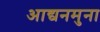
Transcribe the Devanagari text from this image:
आद्यनमुना